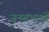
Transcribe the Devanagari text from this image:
जनसभाआें